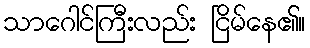
သာဂေါင်ကြီးလည်း ငြိမ်နေ၏။